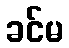
ခင်မ